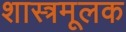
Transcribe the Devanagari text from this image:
शास्त्रमूलक